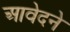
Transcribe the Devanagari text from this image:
आवेदने